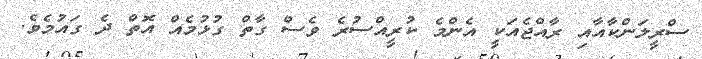
ސްރީލަންކާއާއި ރާއްޖެއަކީ އެންމެ ކުރީއްސުރެ ވެސް ގާތް ގުޅުމެއް އޮތް ދެ ގައުމެވެ.